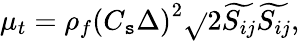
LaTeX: \mu_{t}=\rho_{f}\left(C_{\mathtt{s}}\Delta\right)^{2}\sqrt{}{{2\widetilde{{S_{ij}}}\widetilde{{S_{ij}}}}},